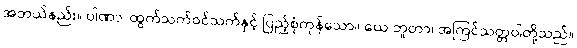
အဘယ်နည်း။ ပါဏာ၊ ထွက်သက်ဝင်သက်နှင့် ပြည့်စုံကုန်သော။ ယေ ဘူတာ၊ အကြင်သတ္တဝါတို့သည်။